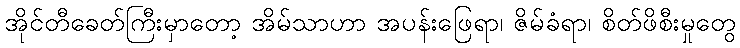
အိုင်တီခေတ်ကြီးမှာတော့ အိမ်သာဟာ အပန်းဖြေရာ၊ ဇိမ်ခံရာ၊ စိတ်ဖိစီးမှုတွေ